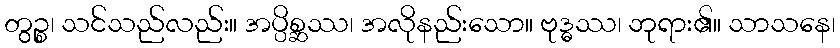
တွဉ္စ၊ သင်သည်လည်း။ အပ္ပိစ္ဆဿ၊ အလိုနည်းသော။ ဗုဒ္ဓဿ၊ ဘုရား၏။ သာသနေ၊